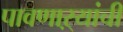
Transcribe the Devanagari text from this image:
पावणाऱ्यांची